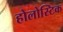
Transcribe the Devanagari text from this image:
होलोस्टिक